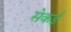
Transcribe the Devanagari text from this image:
सेकई